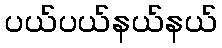
ပယ်ပယ်နယ်နယ်